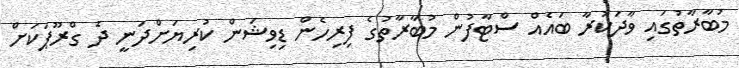
މުބާރާތުގައި ވާދަކުރާ ބައެއް ސްޓާފުން މުބާރާތުގެ ފިރިހެން ޑިވިޝަން ކުރިޔަށްދަނީ ދެ ގްރޫޕަކަށް